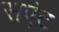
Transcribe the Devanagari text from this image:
सएंट